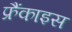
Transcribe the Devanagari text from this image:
फ्रैंकाइस